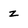
Character: z